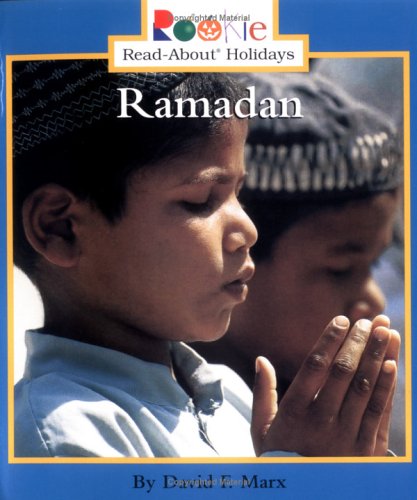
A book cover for Ramadan (Rookie Read-About Holidays); David F. Marx; Children's Books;